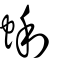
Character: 蜊